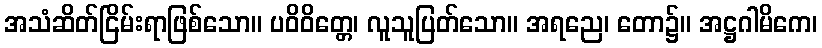
အသံဆိတ်ငြိမ်းရာဖြစ်သော။ ပဝိဝိတ္တေ၊ လူသူပြတ်သော။ အရညေ၊ တော၌။ အဋ္ဌဂါမိကေ၊